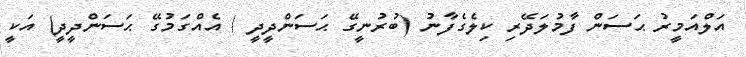
އަލްއަމީރު ޙަސަން ފާމުލަދޭރި ކިލެގެފާނު (ބުރުނީގޭ ޙަސަންދީދީ / އެއްގަމުގޭ ޙަސަންދީދީ) އަކީ